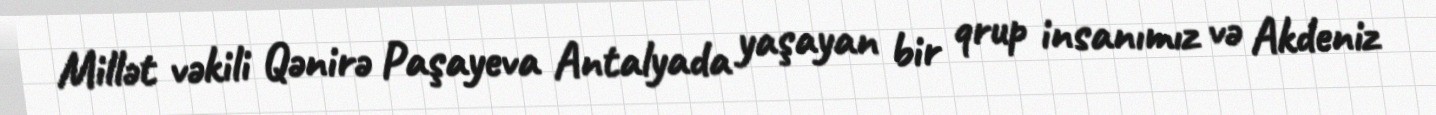
Millət vəkili Qənirə Paşayeva Antalyada yaşayan bir qrup insanımız və Akdeniz